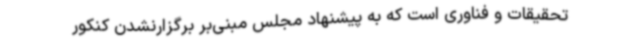
تحقیقات و فناوری است که به پیشنهاد مجلس مبنی‌بر برگزارنشدن کنکور